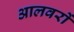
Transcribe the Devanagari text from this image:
आलवरों